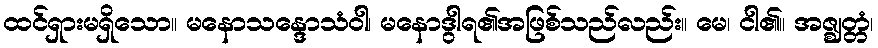
ထင်ရှားမရှိသော။ မနောသန္ဒောသံဝါ၊ မနောဒွါရ၏အဖြစ်သည်လည်း။ မေ၊ ငါ၏။ အဇ္ဈတ္တံ၊